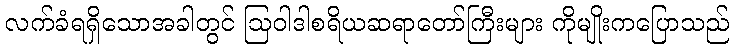
လက်ခံရရှိသောအခါတွင် ဩဝါဒါစရိယဆရာတော်ကြီးများ ကိုမျိုးကပြောသည်